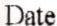
DATE